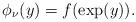
LaTeX: \begin{align*} \phi_{\nu}(y) &= f(\exp(y)).\end{align*}